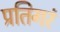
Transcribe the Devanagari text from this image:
प्रतिगरं